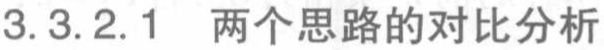
3.3.2.1 两个思路的对比分析